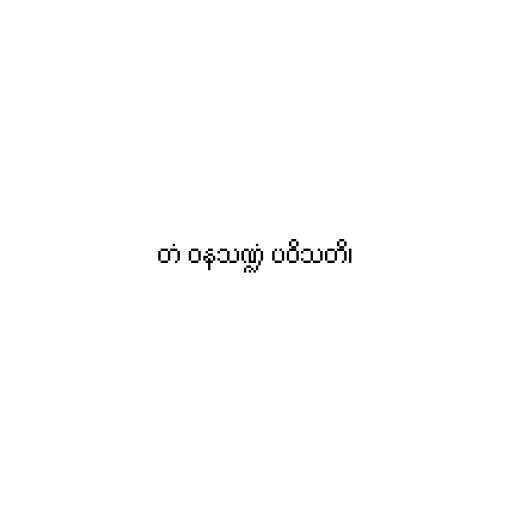
တံ ဝနသဏ္ဍံ ပဝိသတိ၊